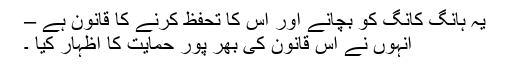
یہ ہانگ کانگ کو بچانے اور اس کا تحفظ کرنے کا قانون ہے –
انہوں نے اس قانون کی بھر پور حمایت کا اظہار کیا ۔